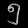
Digit: ၅